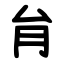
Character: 䏍